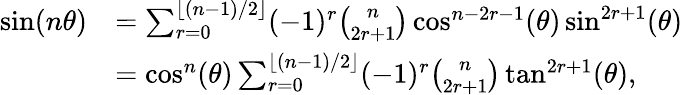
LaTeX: \begin{array}{rl}{\sin(n\theta)}&{=\sum_{r=0}^{\lfloor(n-1)/2\rfloor}(-1)^{r}\binom{n}{2r+1}\cos^{n-2r-1}(\theta)\sin^{2r+1}(\theta)}\\ &{=\cos^{n}(\theta)\sum_{r=0}^{\lfloor(n-1)/2\rfloor}(-1)^{r}\binom{n}{2r+1}\tan^{2r+1}(\theta),}\end{array}